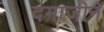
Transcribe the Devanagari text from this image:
दमाजीनें